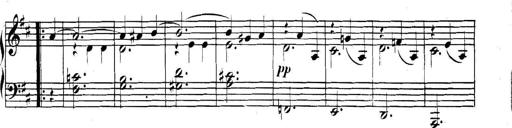
Title: Collected Piano Sonatas
Composer: Muzio Clementi